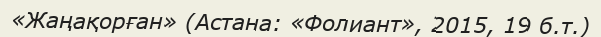
«Жаңақорған» (Астана: «Фолиант», 2015, 19 б.т.)